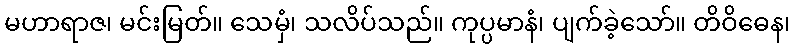
မဟာရာဇ၊ မင်းမြတ်။ သေမှံ၊ သလိပ်သည်။ ကုပ္ပမာနံ၊ ပျက်ခဲ့သော်။ တိဝိဓေန၊